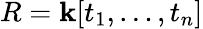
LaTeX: R=\mathbf{k}[t_{1},\ldots,t_{n}]